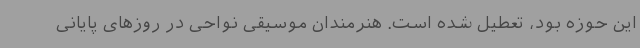
این حوزه بود، تعطیل شده است. هنرمندان موسیقی نواحی در روزهای پایانی